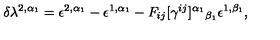
\delta \lambda ^ { 2 , \alpha _ { 1 } } = \epsilon ^ { 2 , \alpha _ { 1 } } - \epsilon ^ { 1 , \alpha _ { 1 } } - F _ { i j } [ \gamma ^ { i j } ] ^ { \alpha _ { 1 } } { } _ { \beta _ { 1 } } \epsilon ^ { 1 , \beta _ { 1 } } ,